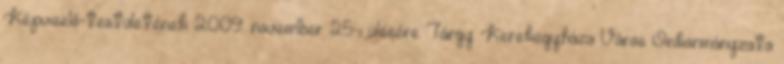
Képviselő-testületének 2009. november 25-i ülésére Tárgy: Kerekegyháza Város Önkormányzata